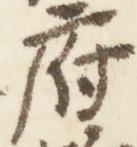
府